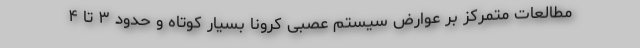
مطالعات متمرکز بر عوارض سیستم عصبی کرونا بسیار کوتاه و حدود ۳ تا ۴